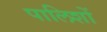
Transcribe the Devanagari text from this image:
पालिशों